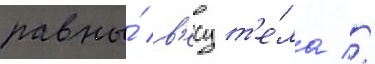
равны́ в'есу т'е́ла //